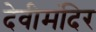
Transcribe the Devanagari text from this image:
देवीमंदिर